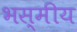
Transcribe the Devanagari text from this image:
भस्मीय